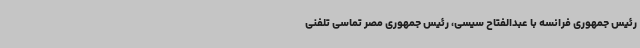
رئیس جمهوری فرانسه با عبدالفتاح سیسی، رئیس جمهوری مصر تماسی تلفنی